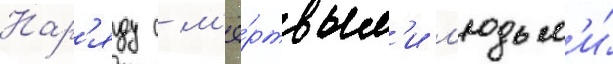
Нар'яду с м'ё́ртвым'и л'юдьм'и́